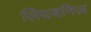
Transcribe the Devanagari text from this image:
लियबनिज़